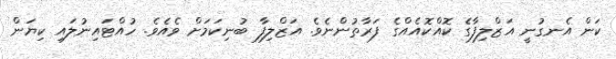
ކަން އެނގުނީ އަޒްލިފާގެ ކޮއްކޮއެއްގެ ފަރާތުންނެވެ. އަޒްލިފާ ބުނިކަމަށް ވެއެވެ. ހުއްޓައިނުލައި ކިޔަން